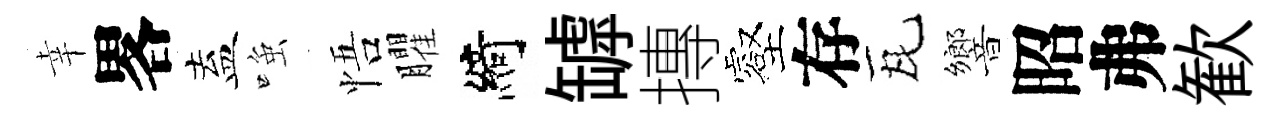
幸畧盍𫪻悟臞綺罅摶壑存瓦響昭弗歓